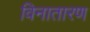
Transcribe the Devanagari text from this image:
विनातारण